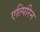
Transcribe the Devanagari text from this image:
एल्पिरिन